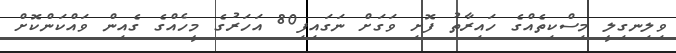
ވިލިނގިލީ މިސްކިތެއްގެ ހައިރާތު ފޮށި ވަގަށް ނަގައިފި80 އަހަރުގެ މީހެއްގެ ގެއިން ވައްކަންކޮށް